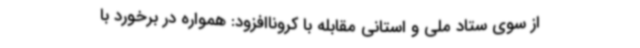
از سوی ستاد ملی و استانی مقابله با کروناافزود: همواره در برخورد با